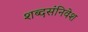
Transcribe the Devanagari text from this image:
शब्दसंनिवेश